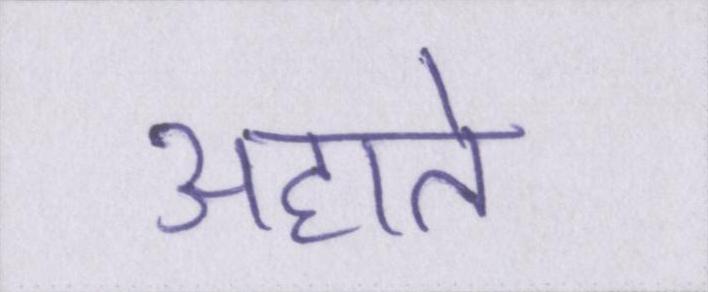
अहाते